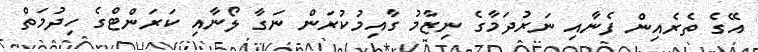
އޭގެ ތެރެއިން ފެނާއި ނަރުދަމާގެ ނިޒާމު ގާއިމުކުރަން ނަގާ ލޯނާއި ކަރަންޓްގެ ހިދުމަތް